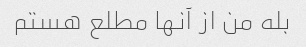
بله من از آنها مطلع هستم